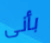
بأنى